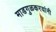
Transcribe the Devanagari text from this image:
माडगुळकरयांनी